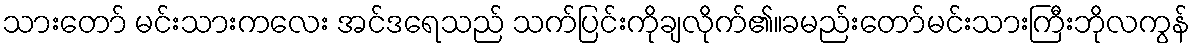
သားတော် မင်းသားကလေး အင်ဒရေသည် သက်ပြင်းကိုချလိုက်၏။ခမည်းတော်မင်းသားကြီးဘိုလကွန်